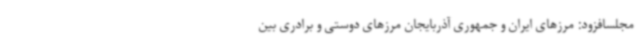
مجلسافزود: مرزهای ایران و جمهوری آذربایجان مرزهای دوستی و برادری بین